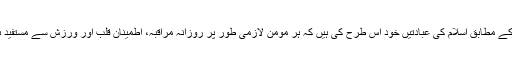
سائنس کے مطابق اسلام کی عبادتیں خود اس طرح کی ہیں کہ ہر مومن لازمی طور پر روزانہ مراقبہ، اطمینان قلب اور ورزش سے مستفید ہوتا ہے۔